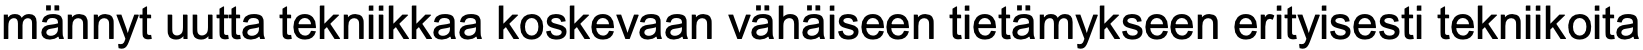
männyt uutta tekniikkaa koskevaan vähäiseen tietämykseen erityisesti tekniikoita